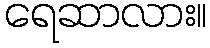
ရေဆာလား။